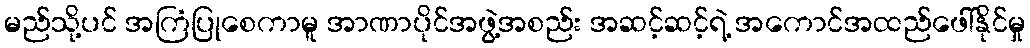
မည်သို့ပင် အကြံပြုစေကာမူ အာဏာပိုင်အဖွဲ့အစည်း အဆင့်ဆင့်ရဲ့ အကောင်အထည်ဖေါ်နိုင်မှု